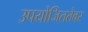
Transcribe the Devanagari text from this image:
उपयोजिततेवर